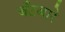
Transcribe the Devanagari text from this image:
बँटबारे